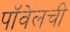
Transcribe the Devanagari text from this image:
पॉवेलची